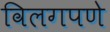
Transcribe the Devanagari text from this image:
विलगपणे